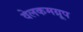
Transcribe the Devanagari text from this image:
वेलकमग्रूप